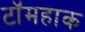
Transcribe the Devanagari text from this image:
टॉमहाक